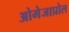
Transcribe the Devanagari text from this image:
ओमेजाप्रोल